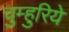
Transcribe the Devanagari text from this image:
चुम्हुरिये